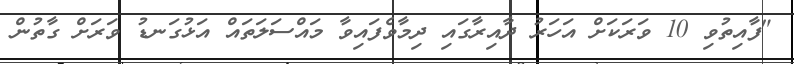
"ފާއިތުވި 10 ވަރަކަށް އަހަރު ދާއިރާގައި ދިމާވެފައިވާ މައްސަލަތައް އަޅުގަނޑު ވަރަށް ގާތުން